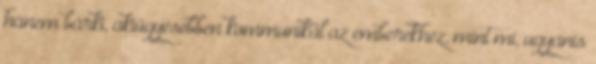
hanem bárki, akiügyesebben kommunikál az emberekhez, mint mi, ugyanis